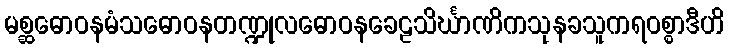
မစ္ဆဓောဝနမံသဓောဝနတဏ္ဍုလဓောဝနခေဠသိင်္ဃာဏိကသုနခသူကရဝစ္စာဒီဟိ